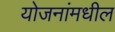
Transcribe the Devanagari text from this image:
योजनांमधील